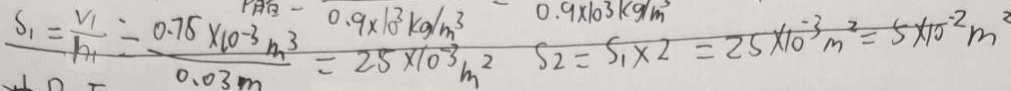
S _ { 1 } = \frac { V _ { 1 } } { R _ { 1 } } = \frac { 0 . 7 5 \times 1 0 ^ { - 3 } m ^ { 3 } } { 0 . 0 3 m } = \frac { 0 . 9 \times 1 0 ^ { 3 } k g / m ^ { 3 } } { 2 5 \times 1 0 ^ { 3 } m ^ { 3 } } S _ { 2 } = S _ { 1 } \times 2 = 2 5 \times 1 0 ^ { - 3 } m ^ { 2 } = 5 \times 1 0 ^ { - 2 } m ^ { 3 }